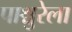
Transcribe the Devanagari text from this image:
पाश्चुरेला